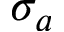
\sigma _ { a }